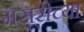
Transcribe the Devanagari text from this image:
मसूरीच्या